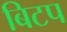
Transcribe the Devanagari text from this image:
बिटप